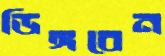
ডিঙ্গবেন